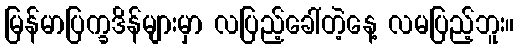
မြန်မာပြက္ခဒိန်များမှာ လပြည့်ခေါ်တဲ့နေ့ လမပြည့်ဘူး။